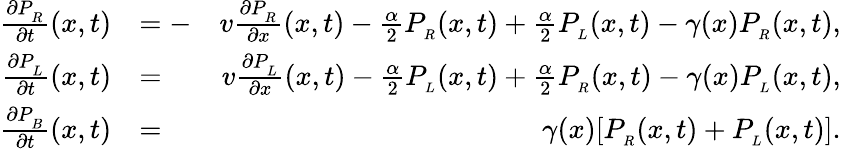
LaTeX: \begin{array}{rlr}{\frac{\partial P_{_R}}{\partial t}(x,t)}&{=-}&{v\frac{\partial P_{_R}}{\partial x}(x,t)-\frac{\alpha}{2}P_{_R}(x,t)+\frac{\alpha}{2}P_{_L}(x,t)-\gamma(x)P_{_R}(x,t),}\\ {\frac{\partial P_{_L}}{\partial t}(x,t)}&{=}&{v\frac{\partial P_{_L}}{\partial x}(x,t)-\frac{\alpha}{2}P_{_L}(x,t)+\frac{\alpha}{2}P_{_R}(x,t)-\gamma(x)P_{_L}(x,t),}\\ {\frac{\partial P_{_B}}{\partial t}(x,t)}&{=}&{\gamma(x)[P_{_R}(x,t)+P_{_L}(x,t)].}\end{array}